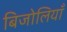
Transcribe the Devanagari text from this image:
बिजोलियाँ